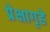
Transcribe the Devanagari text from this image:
प्रेक्षागृहे